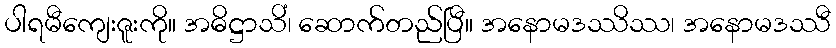
ပါရမီကျေးဇူးကို။ အဓိဋ္ဌာသိံ၊ ဆောက်တည်ပြီ။ အနောမဒဿိဿ၊ အနောမဒဿီ